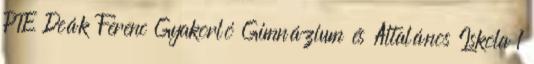
PTE Deák Ferenc Gyakorló Gimnázium és Általános Iskola 1